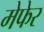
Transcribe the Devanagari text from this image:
मेफेर